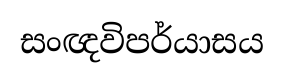
සංඥවිපර්යාසය